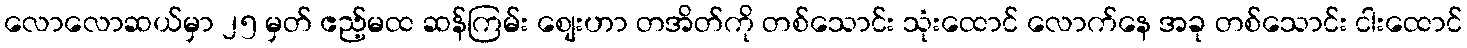
လောလောဆယ်မှာ ၂၅ မှတ် ဧည့်မထ ဆန်ကြမ်း စျေးဟာ တအိတ်ကို တစ်သောင်း သုံးထောင် လောက်နေ အခု တစ်သောင်း ငါးထောင်